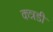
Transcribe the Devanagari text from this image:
कन्नडी